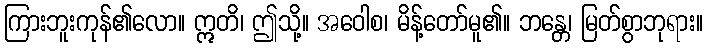
ကြားဘူးကုန်၏လော။ ဣတိ၊ ဤသို့။ အဝေါစ၊ မိန့်တော်မူ၏။ ဘန္တေ၊ မြတ်စွာဘုရား။